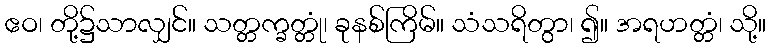
ဧဝ၊ တို့၌သာလျှင်။ သတ္တက္ခတ္တုံ၊ ခုနစ်ကြိမ်။ သံသရိတွာ၊ ၍။ အရဟတ္တံ၊ သို့။